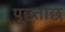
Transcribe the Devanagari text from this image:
पूछ्ताछ